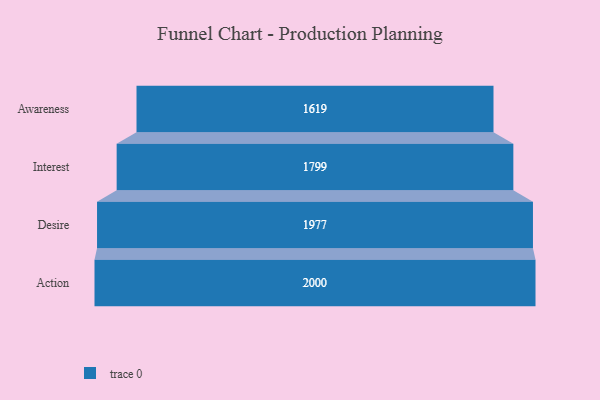
{"axis": {"x": "Stage", "y": "Value"}, "legend": [""], "data": [{"x": "Awareness", "y": 1619.0, "type": ""}, {"x": "Interest", "y": 1799.0, "type": ""}, {"x": "Desire", "y": 1977.0, "type": ""}, {"x": "Action", "y": 2000, "type": ""}]}